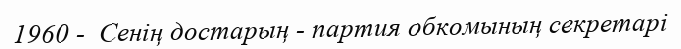
1960 -  Сенің достарың - партия обкомының секретарі